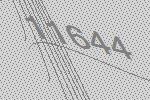
11644